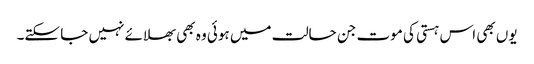
یوں بھی اس ہستی کی موت جن حالت میں ہوئی وہ بھی بھلائے نہیں جا سکتے۔